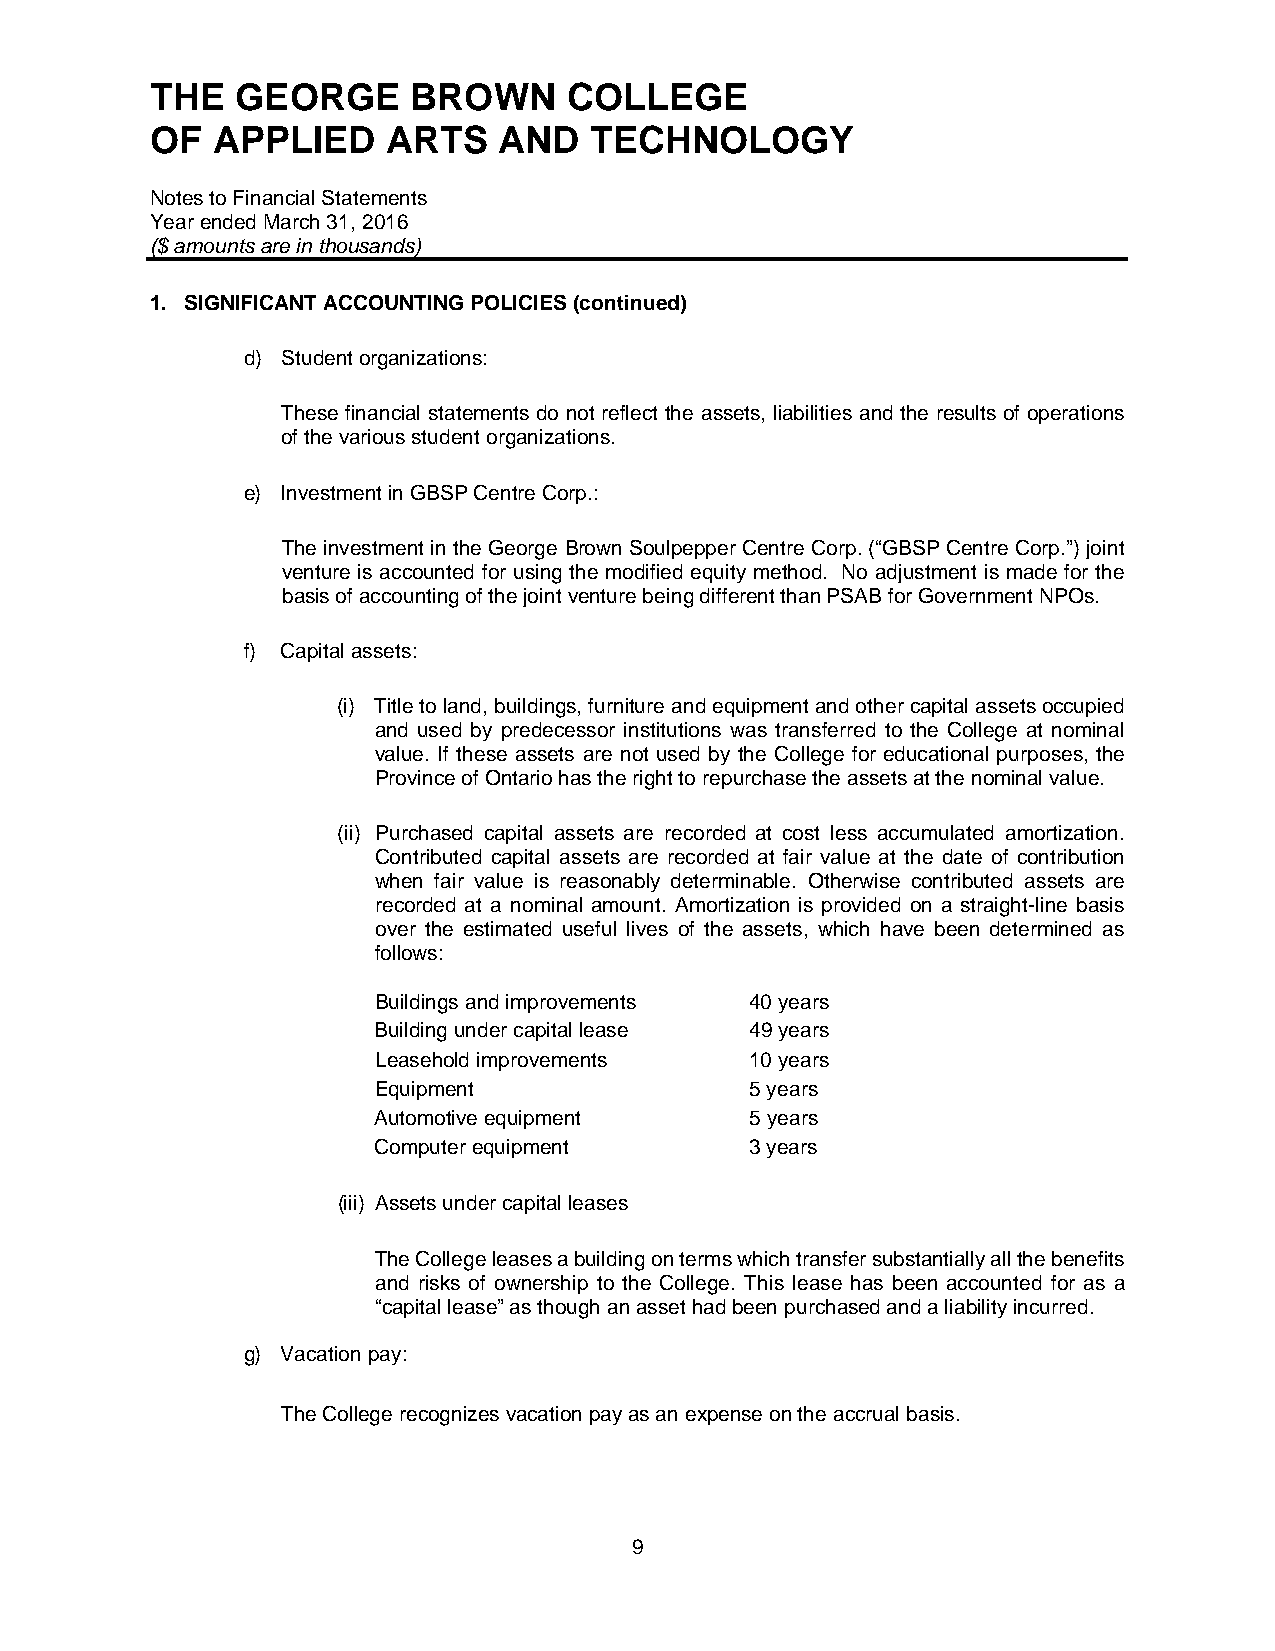
THE   GEORGE     BROWN      COLLEGE
 OF  APPLIED     ARTS   AND   TECHNOLOGY
 Notes to Financial Statements
 Year ended March 31, 2016
 ($ amounts are in thousands)
 1. SIGNIFICANT ACCOUNTING POLICIES (continued)
 d) Student organizations:
 These financial statements do not reflect the assets, liabilities and the results of operations
 of the various student organizations.
 e) Investment in GBSP Centre Corp.:
 The investment in the George Brown Soulpepper Centre Corp. (“GBSP Centre Corp.”) joint
 venture is accounted for using the modified equity method. No adjustment is made for the
 basis of accounting of the joint venture being different than PSAB for Government NPOs.
 f) Capital assets:
 (i) Title to land, buildings, furniture and equipment and other capital assets occupied
 and used by predecessor institutions was transferred to the College at nominal
 value. If these assets are not used by the College for educational purposes, the
 Province of Ontario has the right to repurchase the assets at the nominal value.
 (ii) Purchased capital assets are recorded at cost less accumulated amortization.
 Contributed capital assets are recorded at fair value at the date of contribution
 when fair value is reasonably determinable. Otherwise contributed assets are
 recorded at a nominal amount. Amortization is provided on a straight-line basis
 over the estimated useful lives of the assets, which have been determined as
 follows:
 Buildings and improvements 40 years
 Building under capital lease 49 years
 Leasehold improvements   10 years
 Equipment                5 years
 Automotive equipment     5 years
 Computer equipment       3 years
 (iii) Assets under capital leases
 The College leases a building on terms which transfer substantially all the benefits
 and risks of ownership to the College. This lease has been accounted for as a
 “capital lease” as though an asset had been purchased and a liability incurred.
 g) Vacation pay:
 The College recognizes vacation pay as an expense on the accrual basis.
 9